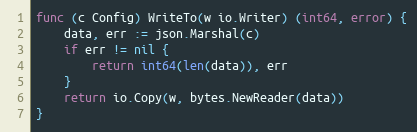
Language: Go
func (c Config) WriteTo(w io.Writer) (int64, error) {
	data, err := json.Marshal(c)
	if err != nil {
		return int64(len(data)), err
	}
	return io.Copy(w, bytes.NewReader(data))
}